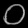
Digit: ၀